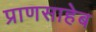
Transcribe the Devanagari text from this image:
प्राणसाहेब